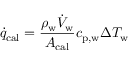
\dot { q } _ { \mathrm { c a l } } = \frac { \rho _ { \mathrm { w } } \dot { V } _ { \mathrm { w } } } { A _ { \mathrm { c a l } } } c _ { \mathrm { p , w } } \Delta T _ { \mathrm { w } }